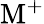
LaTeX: \mathrm{M}^{+}